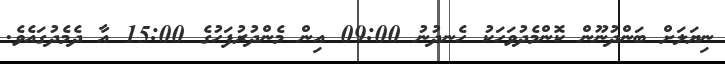
ނިޔަލަށް ބަންދުނޫން ކޮންމެދުވަހަކު ހެނދުނު 09:00 އިން މެންދުރުފަހުގެ 15:00 އާ ދެމެދުގައެވެ.